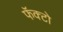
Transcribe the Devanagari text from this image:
फॅक्टो